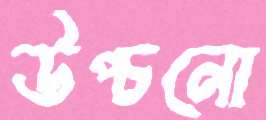
উপ্‌চনো